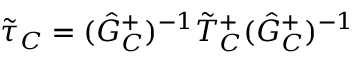
\tilde { \tau } _ { C } = ( \hat { G } _ { C } ^ { + } ) ^ { - 1 } \tilde { T } _ { C } ^ { + } ( \hat { G } _ { C } ^ { + } ) ^ { - 1 }